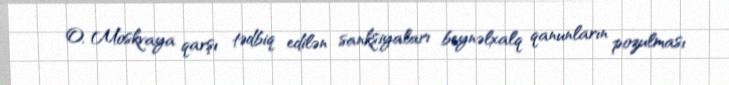
O, Moskvaya qarşı tədbiq edilən sanksiyaları beynəlxalq qanunların pozulması